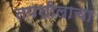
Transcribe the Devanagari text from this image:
तपशीलाचा